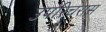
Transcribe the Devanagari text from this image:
उपरिचरास